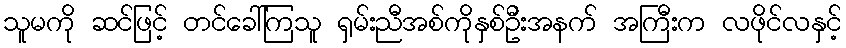
သူမကို ဆင်ဖြင့် တင်ခေါ်ကြသူ ရှမ်းညီအစ်ကိုနှစ်ဦးအနက် အကြီးက လဖိုင်လနှင့်